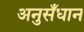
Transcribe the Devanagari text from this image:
अनुसँधान